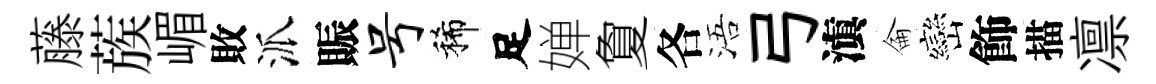
藤蔟嵋敗派賑号稀足婵夐各浯弓滇侖巒飾描凛